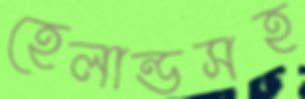
হেলান্ডসহ